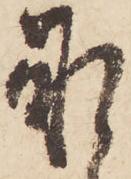
承